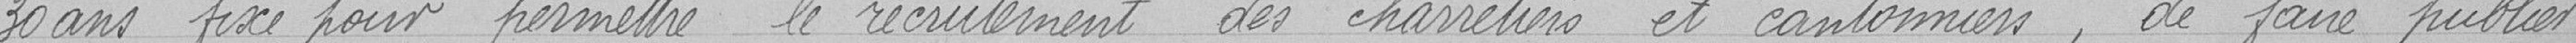
30 ans fixé pour permettre le recrutement des charretiers et cantonniers, de faire publier